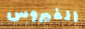
الفيروس